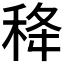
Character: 𥞜